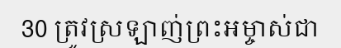
30 ត្រូវស្រឡាញ់ព្រះអម្ចាស់ជា